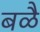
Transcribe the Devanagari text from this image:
बळै